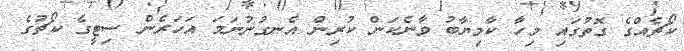
ކޯޗެއްގެ ގޮތުގައި މިހާ ކާމިޔާބު ވާނެކަން ކުރިން އެނގުނުނަމަ އަހަރެން ސިޓީގެ ކޯޗުގެ